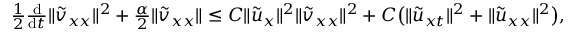
\begin{array} { r } { \frac 1 2 \frac { \mathrm { d } } { \mathrm { d } t } \| { \tilde { v } } _ { x x } \| ^ { 2 } + \frac { \alpha } { 2 } \| \tilde { v } _ { x x } \| \le C \| { \tilde { u } } _ { x } \| ^ { 2 } \| { \tilde { v } } _ { x x } \| ^ { 2 } + C \big ( \| { \tilde { u } } _ { x t } \| ^ { 2 } + \| { \tilde { u } } _ { x x } \| ^ { 2 } \big ) , } \end{array}